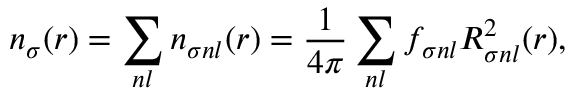
n _ { \sigma } ( r ) = \sum _ { n l } n _ { \sigma n l } ( r ) = \frac { 1 } { 4 \pi } \sum _ { n l } f _ { \sigma n l } R _ { \sigma n l } ^ { 2 } ( r ) ,